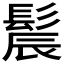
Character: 𫘾